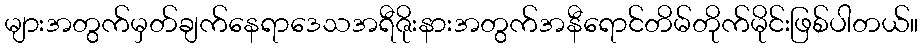
များအတွက်မှတ်ချက်နေရာဒေသအရီဇိုးနားအတွက်အနီရောင်တိမ်တိုက်မိုင်းဖြစ်ပါတယ်။